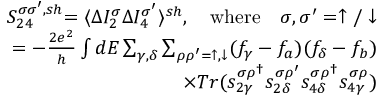
\begin{array} { r } { { S _ { 2 4 } ^ { \sigma \sigma ^ { \prime } , s h } } { = \langle \Delta I _ { 2 } ^ { \sigma } \Delta I _ { 4 } ^ { \sigma ^ { \prime } } \rangle ^ { s h } } , \quad \mathrm { { w h e r e } } \quad { \sigma , \sigma ^ { \prime } = \uparrow / \downarrow } } \\ { { = - \frac { 2 e ^ { 2 } } { h } \int d E \sum _ { \gamma , \delta } \sum _ { \rho \rho ^ { \prime } = \uparrow , \downarrow } ( f _ { \gamma } - f _ { a } ) ( f _ { \delta } - f _ { b } ) } } \\ { { \times T r ( s _ { 2 \gamma } ^ { \sigma \rho ^ { \dagger } } s _ { 2 \delta } ^ { \sigma \rho ^ { \prime } } s _ { 4 \delta } ^ { \sigma \rho ^ { \dagger } } s _ { 4 \gamma } ^ { \sigma \rho } ) } } \end{array}